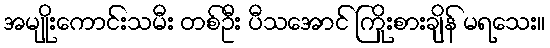
အမျိုးကောင်းသမီး တစ်ဦး ပီသအောင် ကြိုးစားချိန် မရသေး။